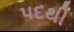
પદથી